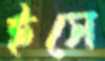
ইসে